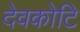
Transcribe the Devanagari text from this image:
देवकोटि